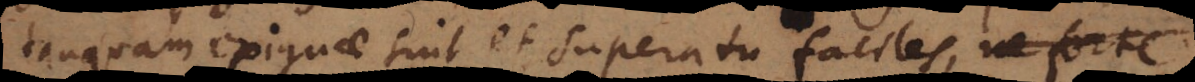
tanquam exiguae sint et superatu faciles,